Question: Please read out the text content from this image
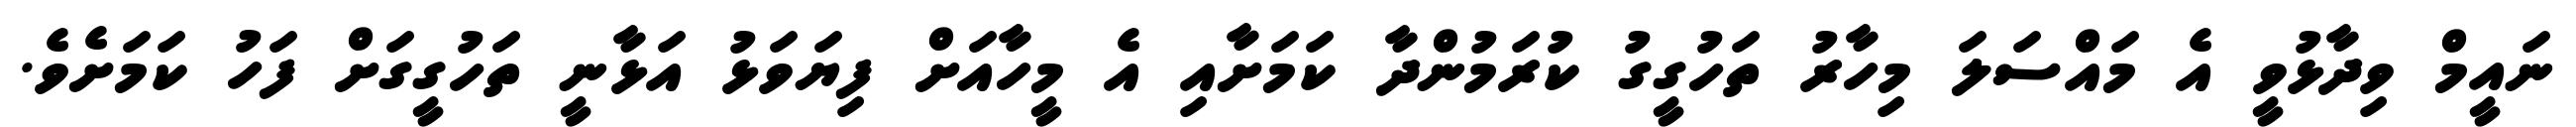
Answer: ނައީމް ވިދާޅުވީ އެ މައްސަލަ މިހާރު ތަހުގީގު ކުރަމުންދާ ކަމަށާއި އެ މީހާއަށް ފިޔަވަޅު އަޅާނީ ތަހުގީގަށް ފަހު ކަމަށެވެ.